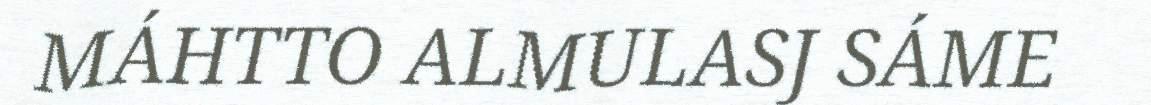
MÁHTTO ALMULASJ SÁME